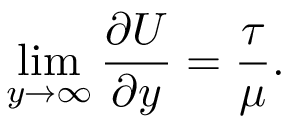
\operatorname* { l i m } _ { y \rightarrow \infty } \frac { \partial U } { \partial y } = \frac { \tau } { \mu } .